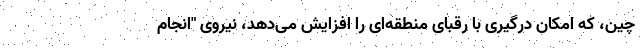
چین، که امکان درگیری با رقبای منطقه‌ای را افزایش می‌دهد، نیروی "انجام